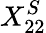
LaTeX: X_{22}^{S}